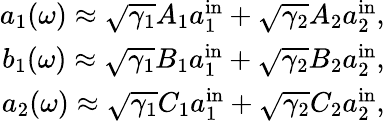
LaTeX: \begin{array}{r}{a_{1}(\omega)\approx\sqrt{\gamma_{1}}A_{1}a_{1}^{\mathrm{in}}+\sqrt{\gamma_{2}}A_{2}a_{2}^{\mathrm{in}},}\\ {b_{1}(\omega)\approx\sqrt{\gamma_{1}}B_{1}a_{1}^{\mathrm{in}}+\sqrt{\gamma_{2}}B_{2}a_{2}^{\mathrm{in}},}\\ {a_{2}(\omega)\approx\sqrt{\gamma_{1}}C_{1}a_{1}^{\mathrm{in}}+\sqrt{\gamma_{2}}C_{2}a_{2}^{\mathrm{in}},}\end{array}